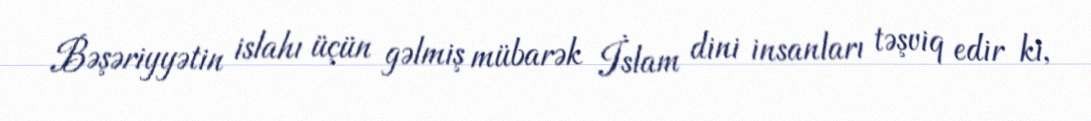
Bəşəriyyətin islahı üçün gəlmiş mübarək İslam dini insanları təşviq edir ki,